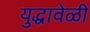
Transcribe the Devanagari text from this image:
युद्धावेळी